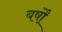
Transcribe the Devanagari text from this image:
बर्षोंं